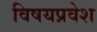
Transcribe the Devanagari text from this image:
विषयप्रवेश